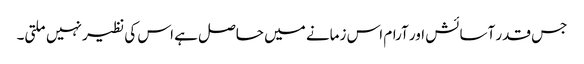
جس قدر آسائش اور آرام اس زمانے میں حاصل ہے اس کی نظیر نہیں ملتی۔